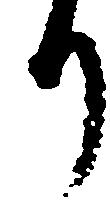
り